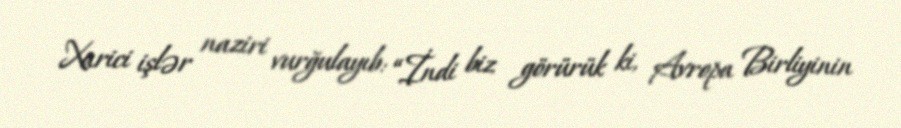
Xarici işlər naziri vurğulayıb: “İndi biz görürük ki, Avropa Birliyinin